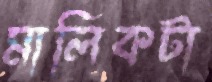
মালিকটা